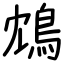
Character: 鴆